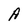
Character: A